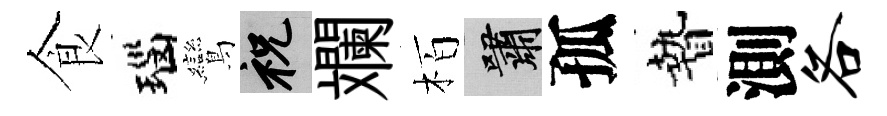
食瑙鸞祝斕栢嘯孤贄測各